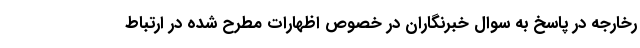
رخارجه در پاسخ به سوال خبرنگاران در خصوص اظهارات مطرح شده در ارتباط